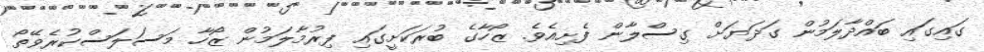
ގައިގައި ބައްދާލަމުން ގަދަޔަށް ގިސްލާން ފެށިއެވެ. ޒޯހާގެ ބުރަކަށީގައި ފިރުމާލަމުން ޒޯހާ މަސަލަސްކުރެވޭތޯ